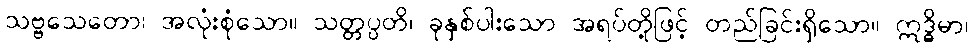
သဗ္ဗသေတော၊ အလုံးစုံသော။ သတ္တပ္ပတိ၊ ခုနှစ်ပါးသော အရပ်တို့ဖြင့် တည်ခြင်းရှိသော။ ဣဒ္ဓိမာ၊